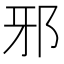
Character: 邪